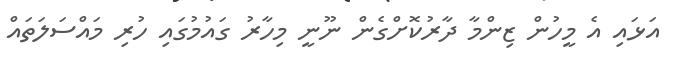
އަޅައި އެ މީހުން ޒިންމާ ދާރުކޮށްގެން ނޫނީ މިހާރު ގައުމުގައި ހުރި މައްސަލަތައް